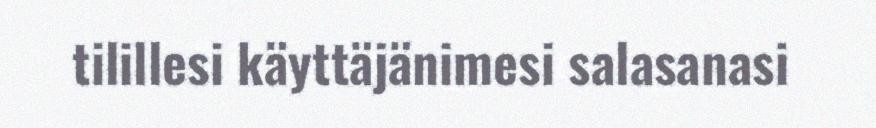
tilillesi käyttäjänimesi salasanasi